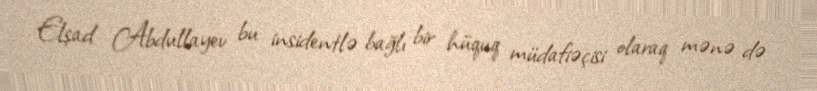
Elşad Abdullayev bu insidentlə bağlı bir hüquq müdafiəçisi olaraq mənə də